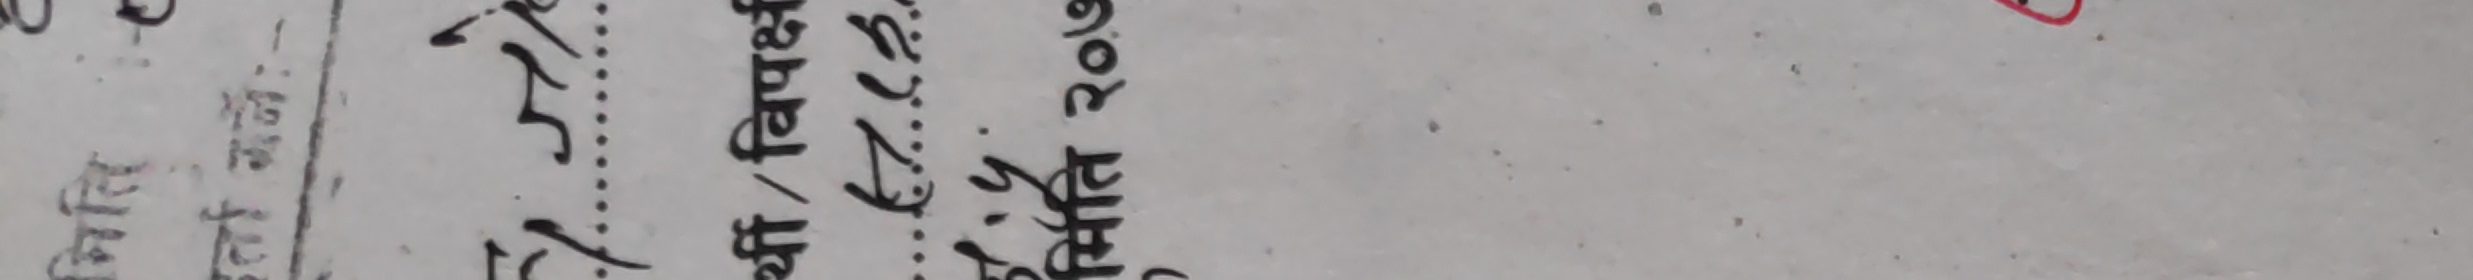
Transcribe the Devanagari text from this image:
९०९ प्रतिके बहादुर प्रमोद निकाला